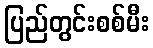
ပြည်တွင်းစစ်မီး